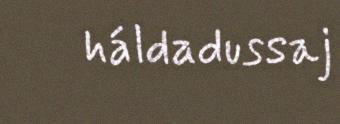
háldadussaj